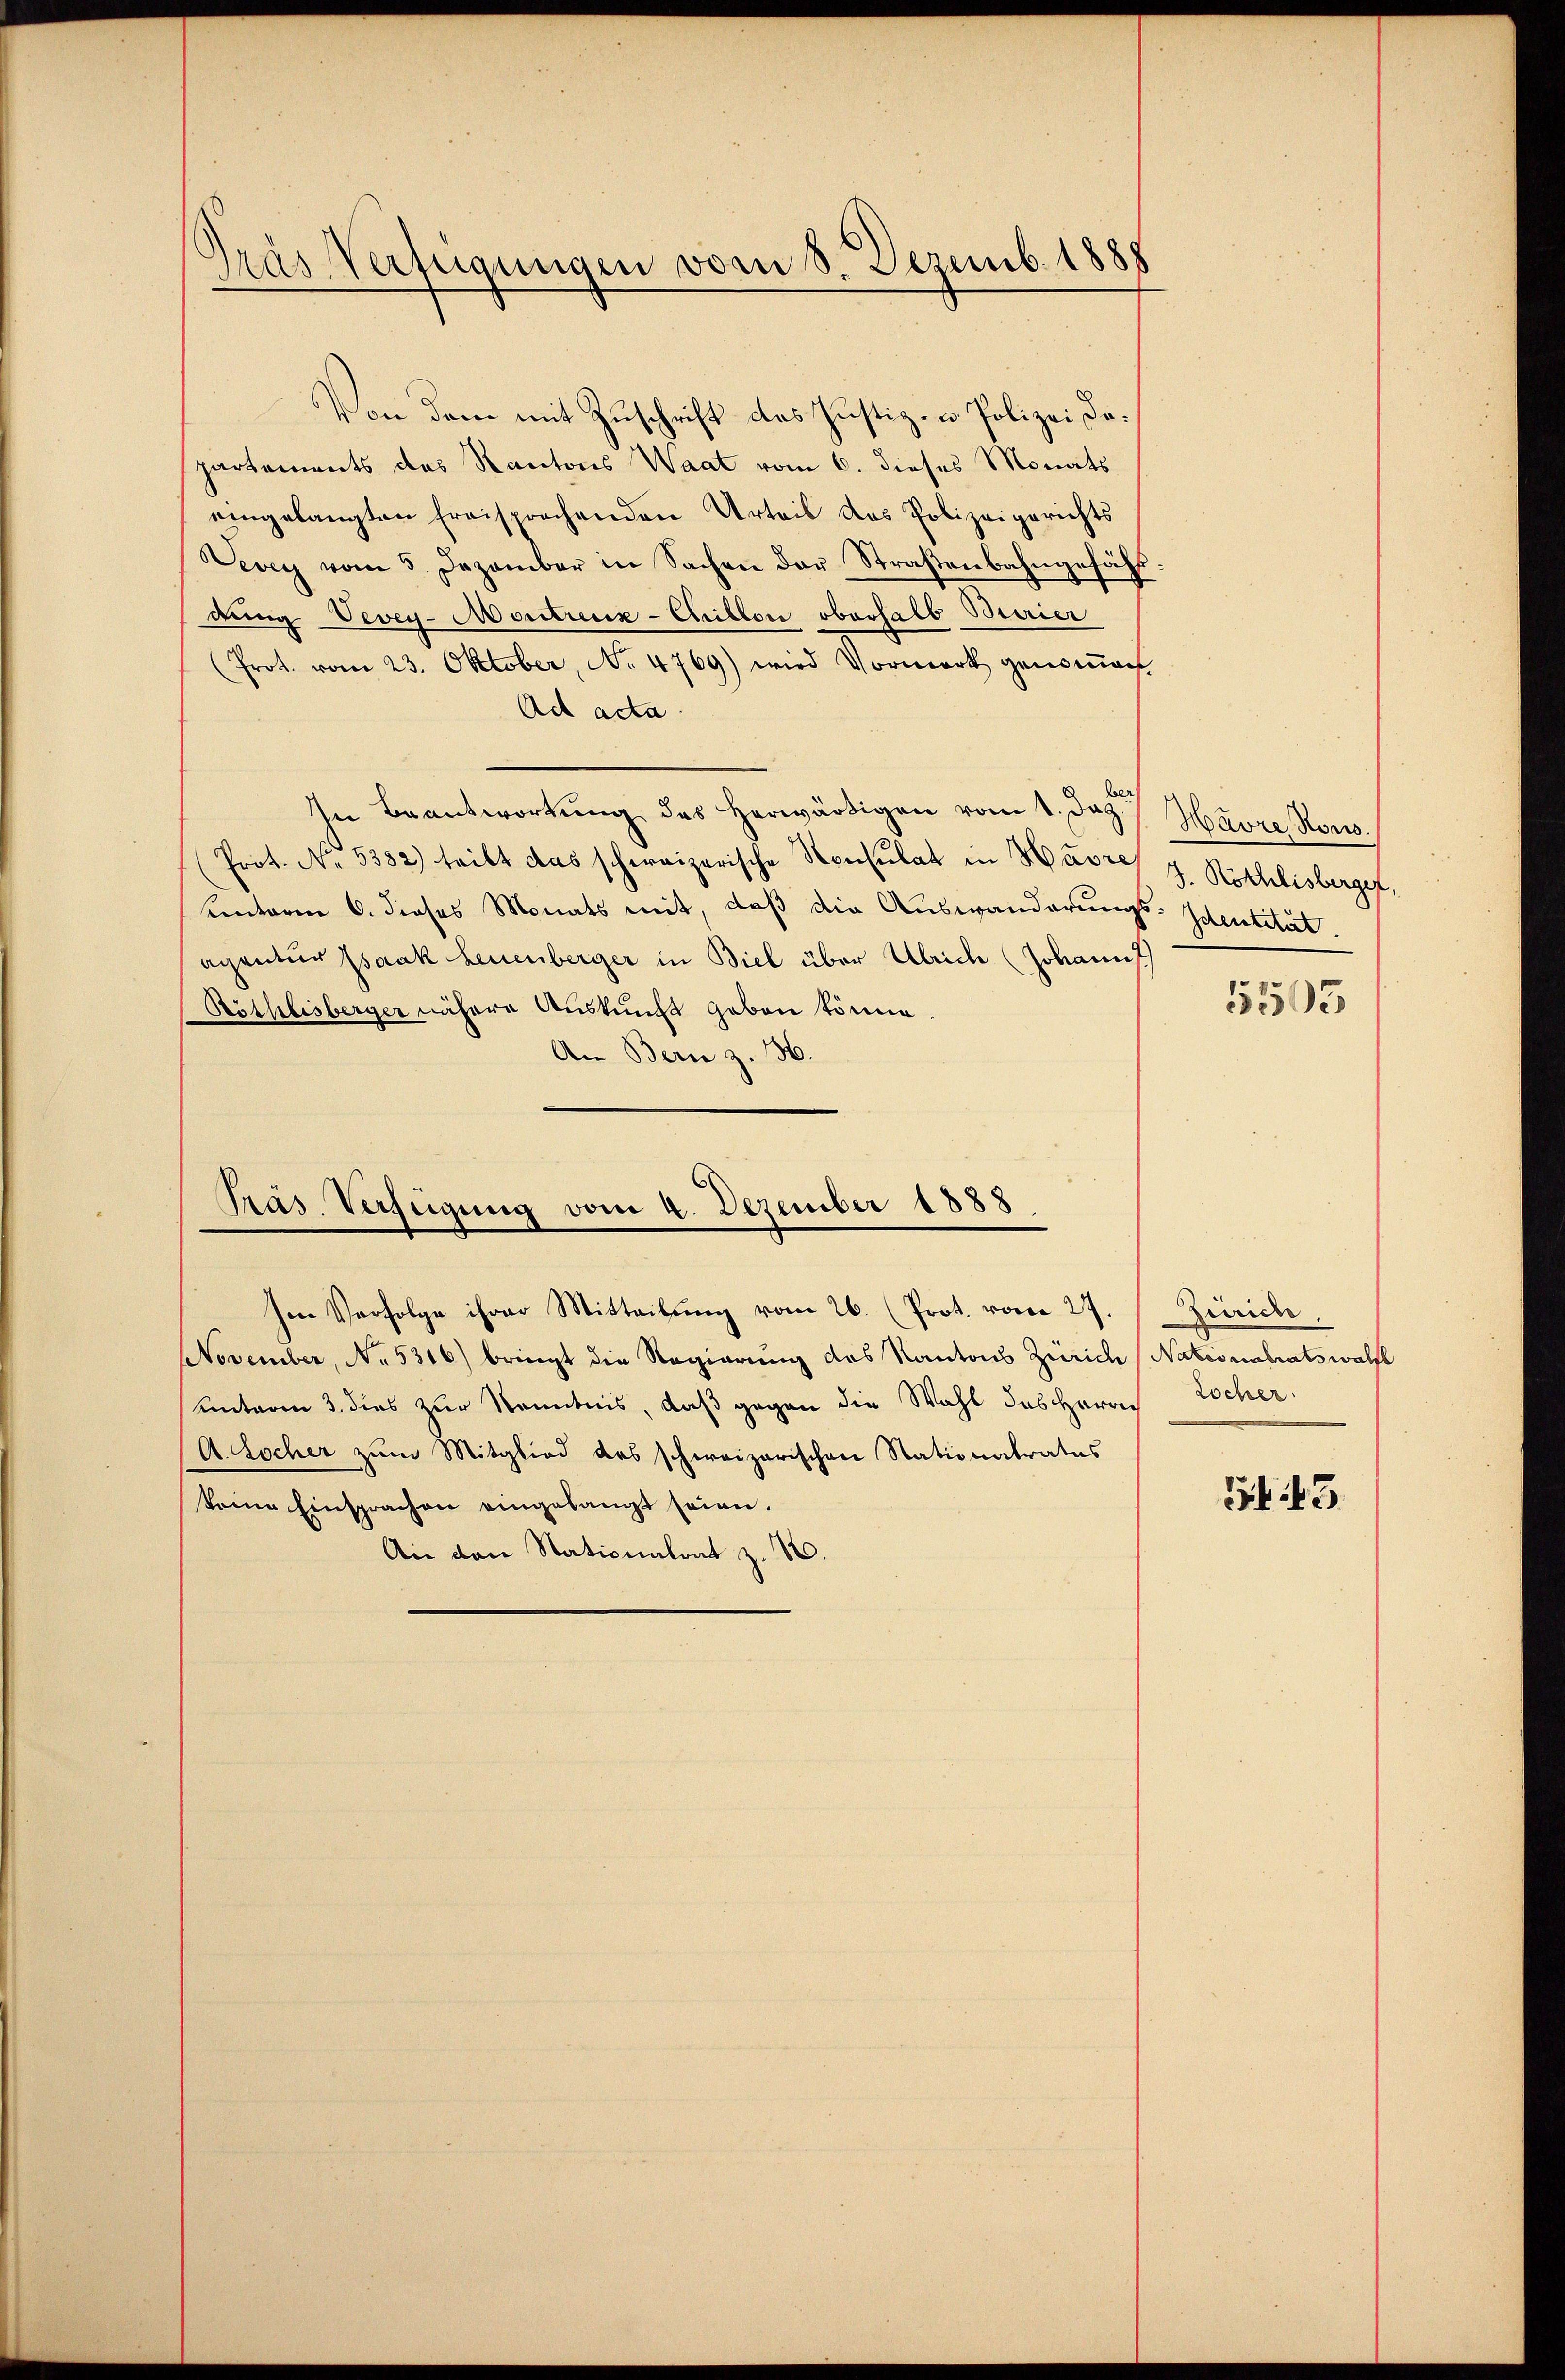
)
Das Verfügungen vom 8. Dezemb. 1888

Von dem mit Zuschrift des Justiz- u. Polizei Departements das Kantons Waat vom 6. dieses Monats
eingelangten freisprachenden Urteil das Polizeigerichts
Vevey vom 5. Dezember in Sachen der Straβenbahngefühl:
dung Vevey-Montreux-Chillon oberhalb Brier
(Prot. vom 23. Oktober, No. 4769) wird Vormerk genoṁen
Ad acta.
ber
In Beantwortung des herwärtigen vom 1. Jez.) Havre Nous.
Prot. No. 5382) teilt das schweizerische Konsulat in Havres J. Röthlisberger,
unterm 6. dieses Monats mit, daß die Auswanderungs-Identität
agentur Isaak Leuenberger in Biel über Ulrich (Johann
Röthlisberger nähere Auskunft geben könne.
An Bern z. 36.

Präs. Verfügung vom 4. Dezember 1888

NNovember, No. 5316) bringt die Regierung des Kantons Zürich (Nationalratswalfe
unterm 3. dies zur Kenntnis, daß gegen die Wahl des Herrn Locher
A. Locher zum Mitglied des schweizerischen Stationatratus
keine Einsprachen eingelangt seien.
Ain den Nationalrat z. B.

Ien Verfolge ihrer Mitteilŭng vom 26. (Prot. vom 27. Zürich,

1505

G 43.